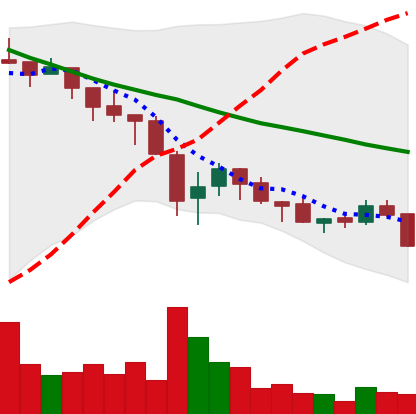
Ticker: ADA-USD
Chart end date: 2018-05-22
Forward return: -13.748%
Label: down_7plus